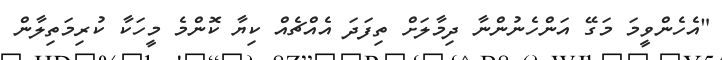
"އެހެންވީމަ މަގޭ އަންހެނުންނާ ދިމާލަށް ތިފަދަ އެއްޗެއް ކިޔާ ކޮންމެ މީހަކާ ކުރިމަތިލާން